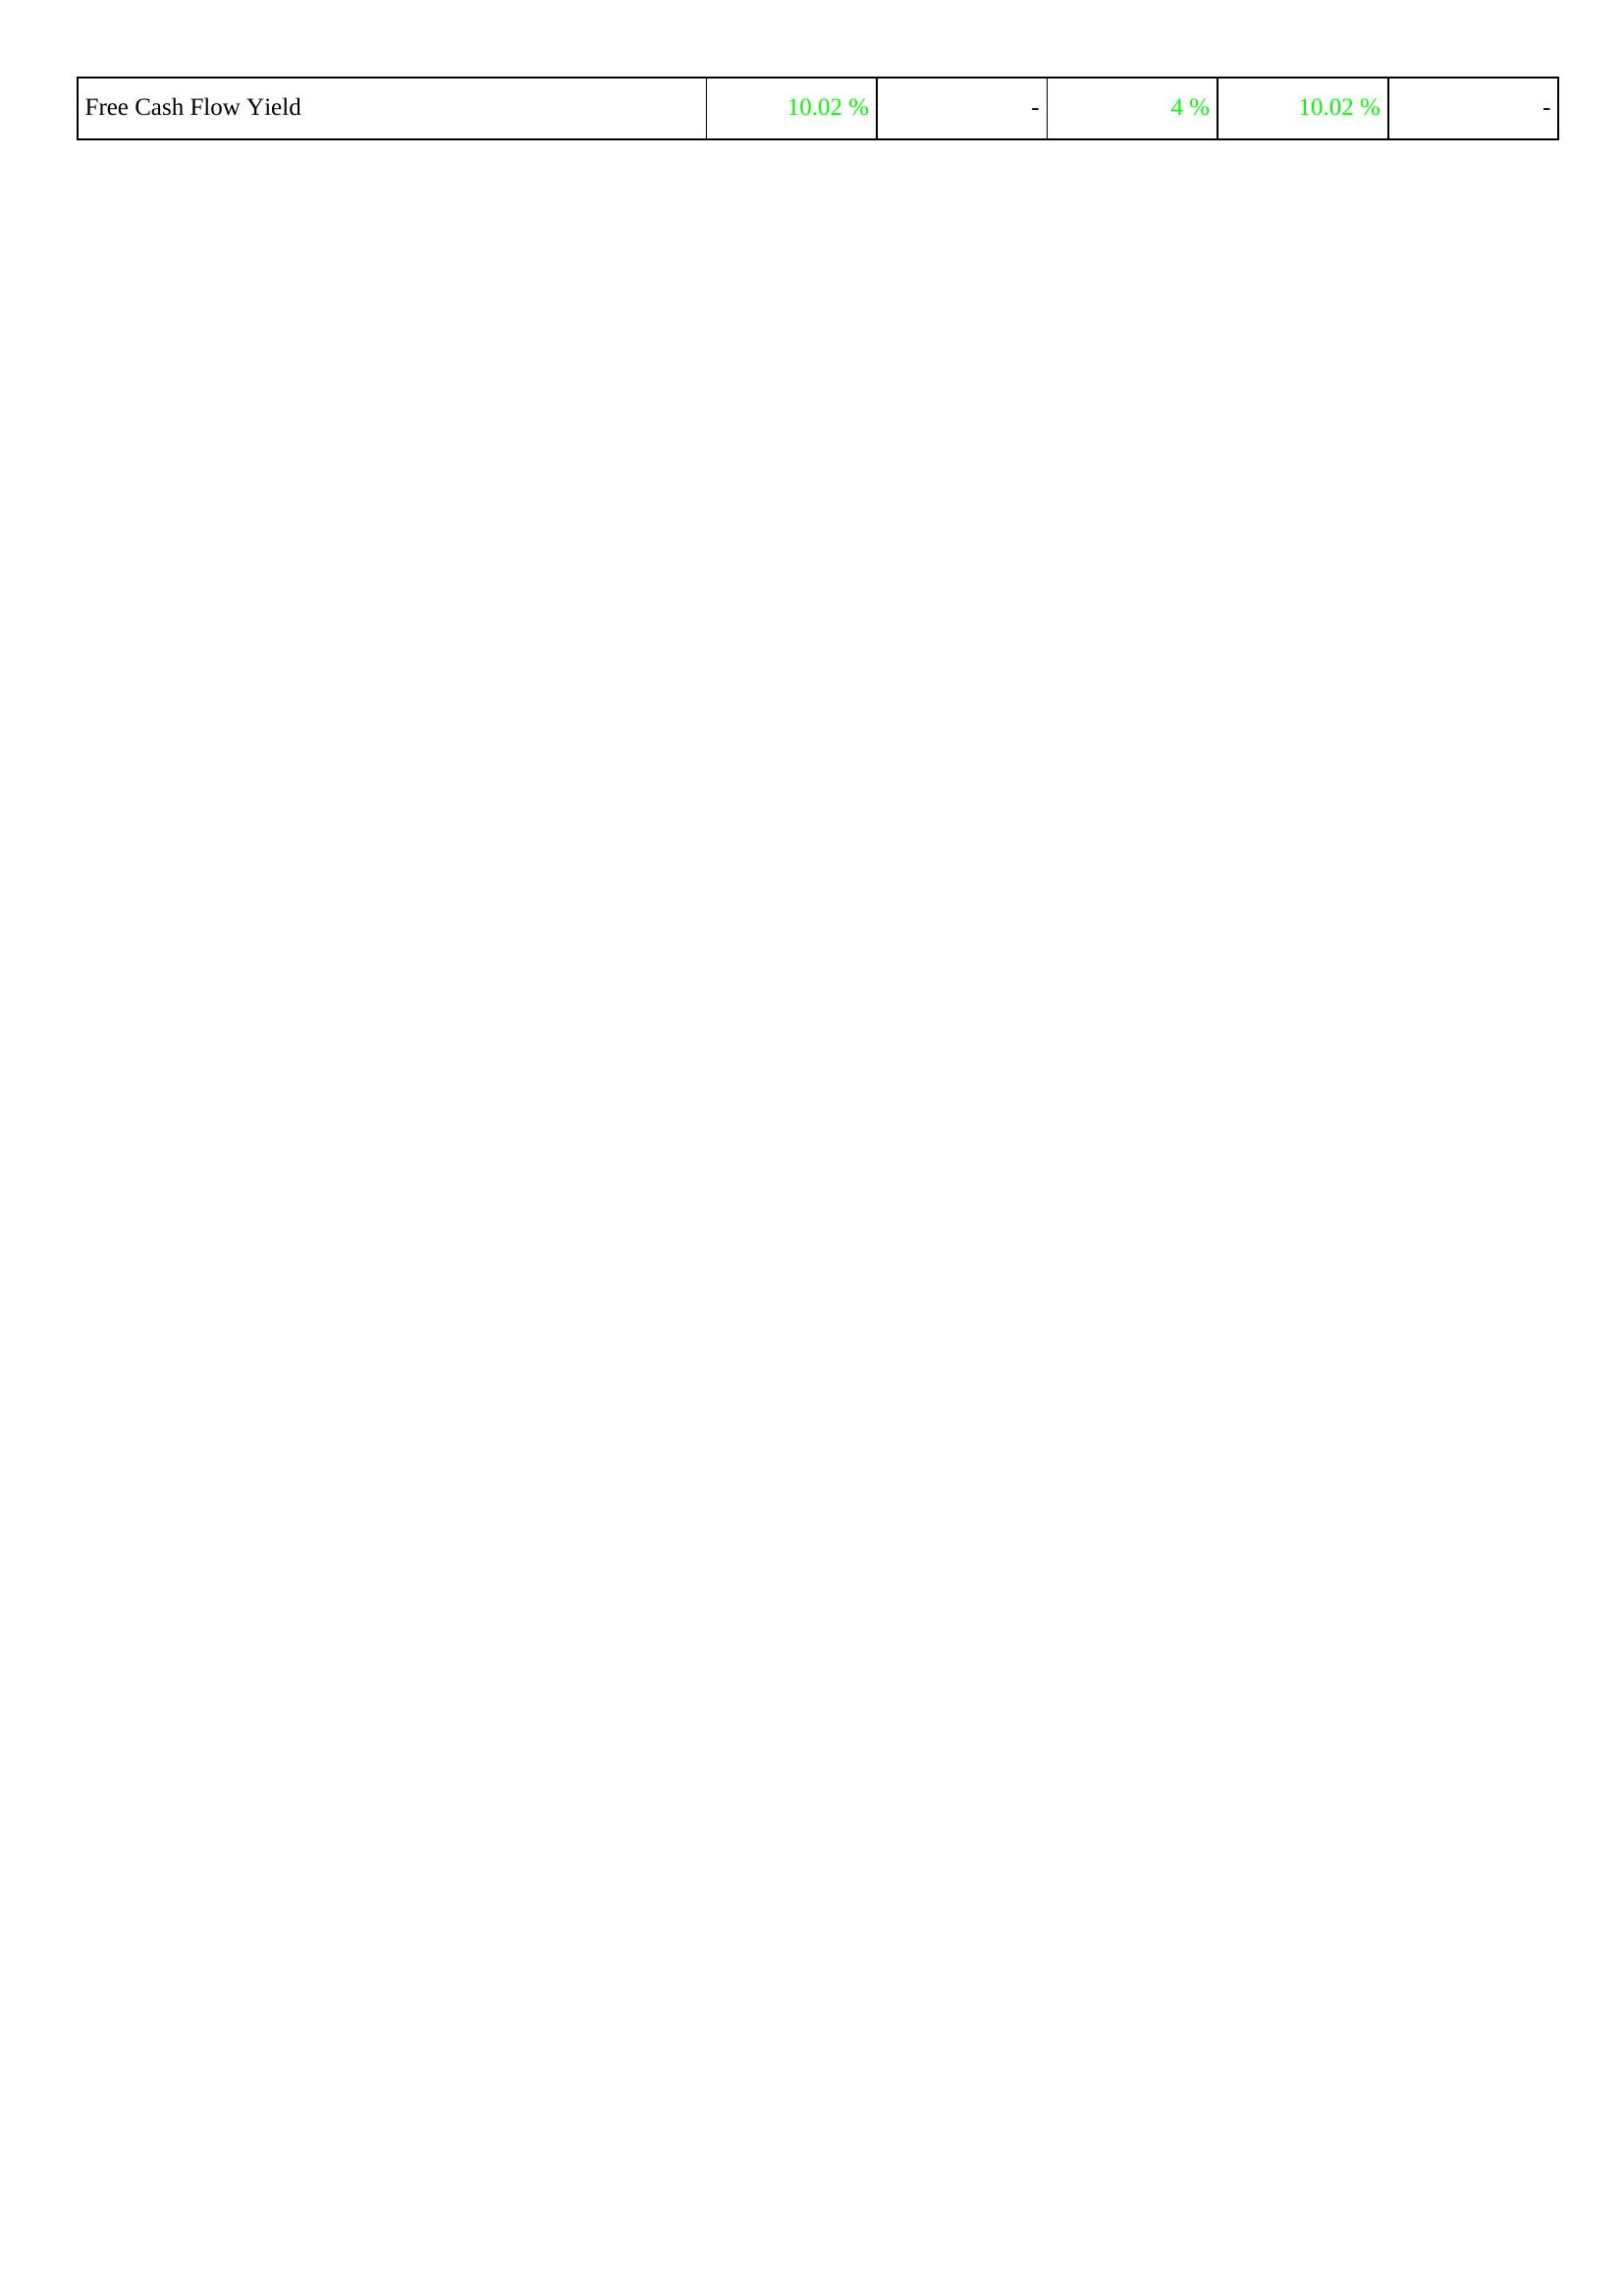
2015: Financing Activities: Free Cash Flow Yield: 10.02 %
2014: Financing Activities: Free Cash Flow Yield: -
2013: Financing Activities: Free Cash Flow Yield: 4 %
2012: Financing Activities: Free Cash Flow Yield: 10.02 %
2011: Financing Activities: Free Cash Flow Yield: -